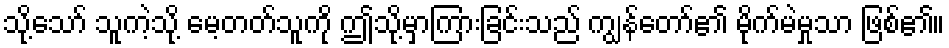
သို့သော် သူကဲ့သို့ မေ့တတ်သူကို ဤသို့မှာကြားခြင်းသည် ကျွန်တော်၏ မိုက်မဲမှုသာ ဖြစ်၏။